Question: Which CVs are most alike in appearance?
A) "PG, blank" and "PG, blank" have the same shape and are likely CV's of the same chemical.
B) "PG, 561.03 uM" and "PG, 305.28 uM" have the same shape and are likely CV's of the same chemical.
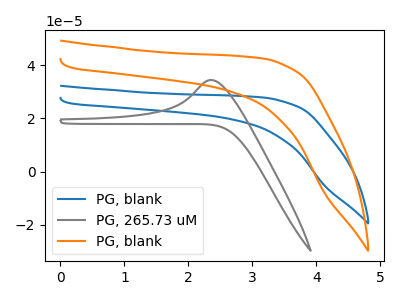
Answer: <think>The blue curve "PG, blank" has no peaks. The gray curve "PG, 265.73 uM" has an anodic peak at: (2.35V, 34.50uA). The orange curve "PG, blank" has no peaks.
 "PG, blank" and "PG, 265.73 uM" have a different number of peaks. Neither "PG, blank" or "PG, blank" have any peaks. "PG, 265.73 uM" and "PG, blank" have a different number of peaks.</think>
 <answer>A) "PG, blank" and "PG, blank" have the same shape and are likely CV's of the same chemical.</answer>
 <eval>A</eval>